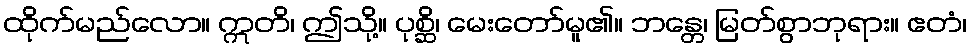
ထိုက်မည်လော။ ဣတိ၊ ဤသို့။ ပုစ္ဆိ၊ မေးတော်မူ၏။ ဘန္တေ၊ မြတ်စွာဘုရား။ ဧတံ၊